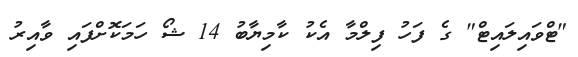
"ޓްވައިލައިޓް" ގެ ފަހު ފިލްމާ އެކު ކާމިޔާބު 14 ޝޯ ހަމަކޮށްފައި ވާއިރު